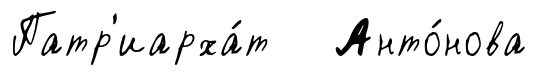
Патр'иарха́т Анто́нова